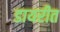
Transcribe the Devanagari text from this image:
डायरीत